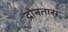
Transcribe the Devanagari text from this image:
दोनतास